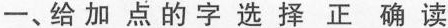
一、给加点的字选择正确读